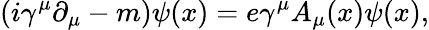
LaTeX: \left(i\gamma^{\mu}\partial_{\mu}-m\right)\psi(x)=e\gamma^{\mu}A_{\mu}(x)\psi(x),